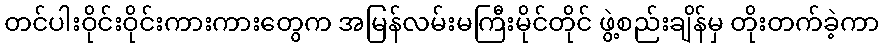
တင်ပါးဝိုင်းဝိုင်းကားကားတွေက အမြန်လမ်းမကြီးမိုင်တိုင် ဖွဲ့စည်းချိန်မှ တိုးတက်ခဲ့ကာ